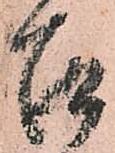
召